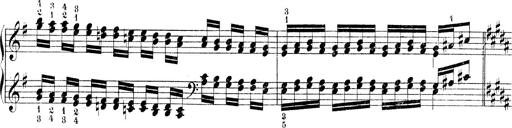
Title: Technische Studien
Composer: Franz Liszt